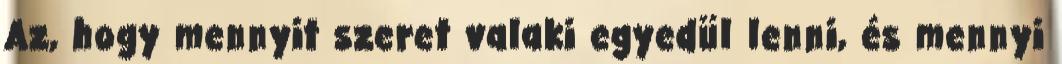
Az, hogy mennyit szeret valaki egyedül lenni, és mennyi